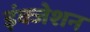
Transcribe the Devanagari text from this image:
इंक्जेशन